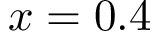
x = 0 . 4